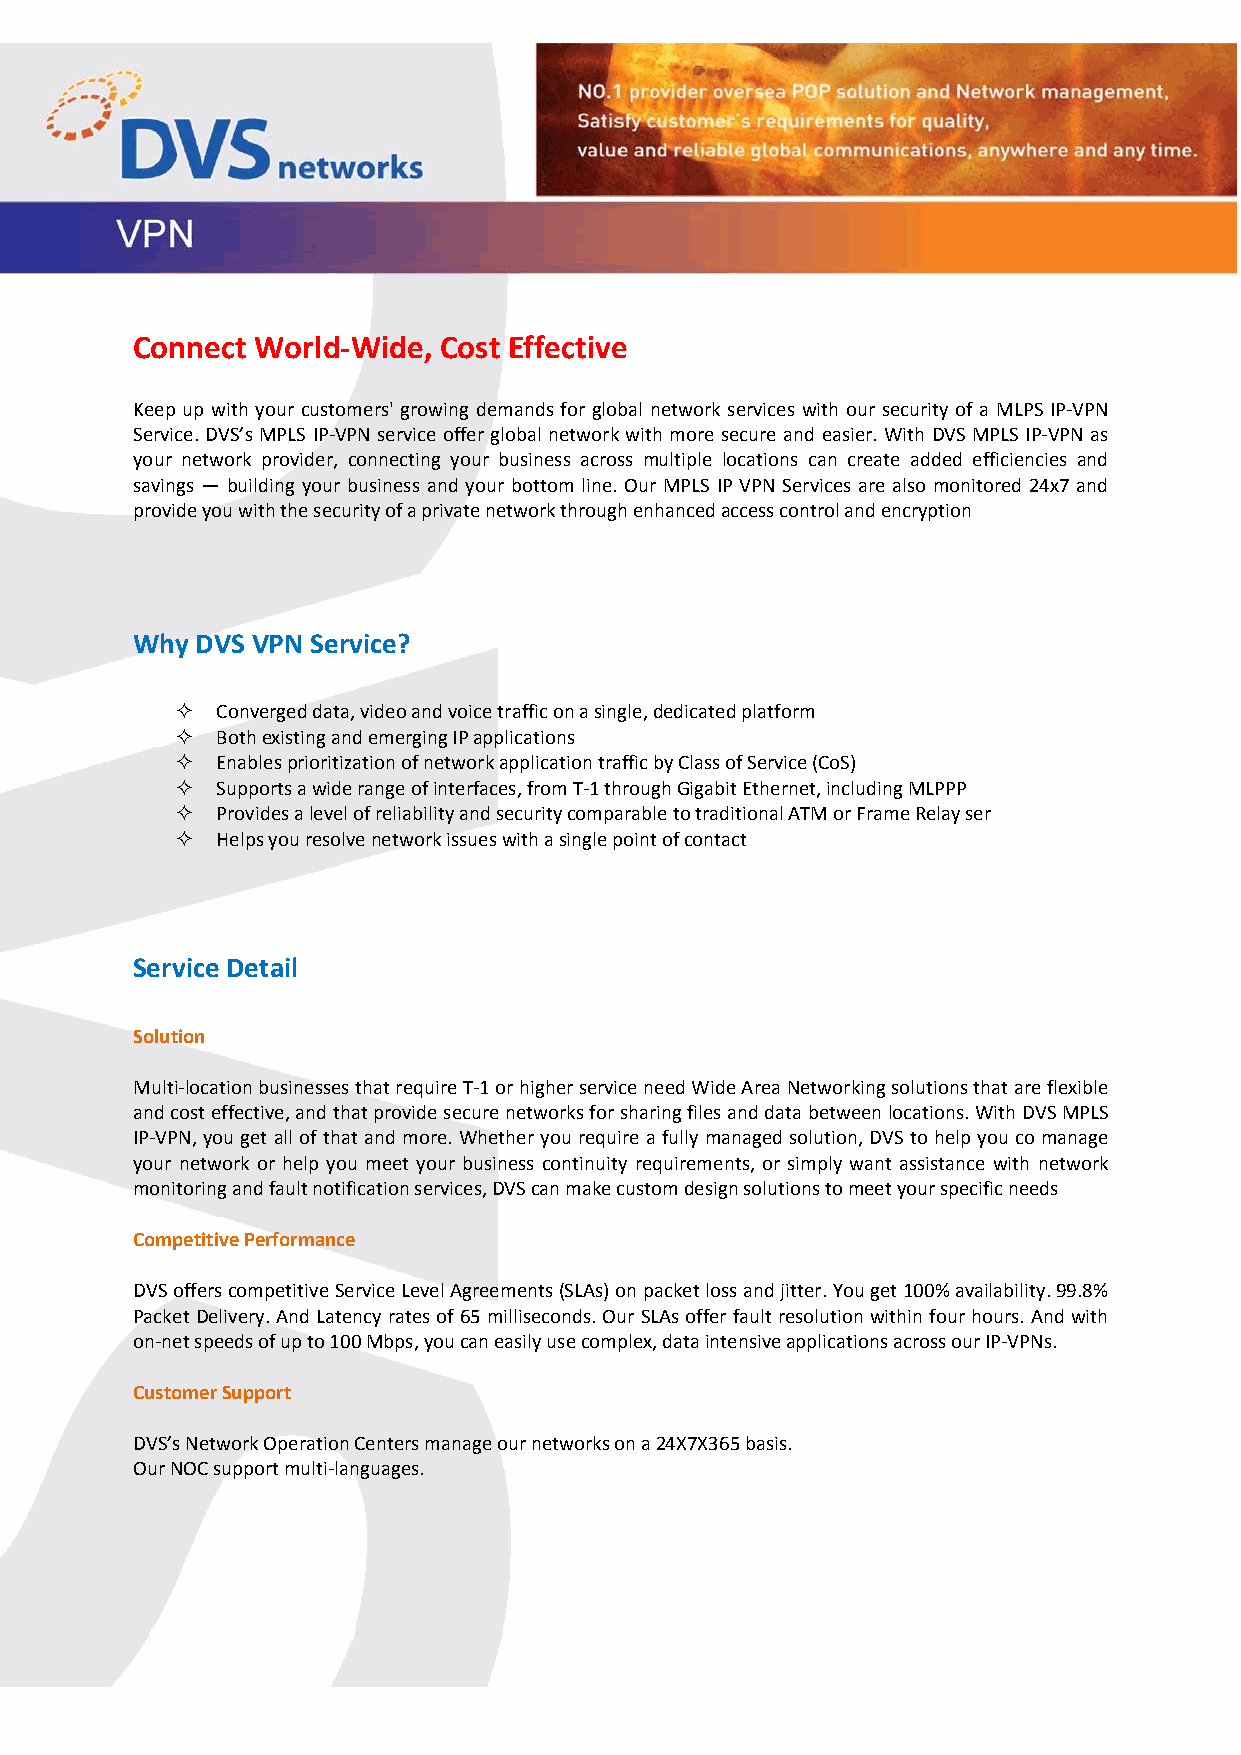
Connect World‐Wide, Cost Effective
 Keep up with your customers' growing demands for global network services with our security of a MLPS IP‐VPN
 Service. DVS’s MPLS IP‐VPN service offer global network with more secure and easier. With DVS MPLS IP‐VPN as
 your network provider, connecting your business across multiple locations can create added efficiencies and
 savings — building your business and your bottom line. Our MPLS IP VPN Services are also monitored 24x7 and
 provide you with the security of a private network through enhanced access control and encryption
 Why DVS VPN Service?
  Converged data, video and voice traffic on a single, dedicated platform
  Both existing and emerging IP applications
  Enables prioritization of network application traffic by Class of Service (CoS)
  Supports a wide range of interfaces, from T‐1 through Gigabit Ethernet, including MLPPP
  Provides a level of reliability and security comparable to traditional ATM or Frame Relay ser
  Helps you resolve network issues with a single point of contact
 Service Detail
 Solution
 Multi‐location businesses that require T‐1 or higher service need Wide Area Networking solutions that are flexible
 and cost effective, and that provide secure networks for sharing files and data between locations. With DVS MPLS
 IP‐VPN, you get all of that and more. Whether you require a fully managed solution, DVS to help you co manage
 your network or help you meet your business continuity requirements, or simply want assistance with network
 monitoring and fault notification services, DVS can make custom design solutions to meet your specific needs
 Competitive Performance
 DVS offers competitive Service Level Agreements (SLAs) on packet loss and jitter. You get 100% availability. 99.8%
 Packet Delivery. And Latency rates of 65 milliseconds. Our SLAs offer fault resolution within four hours. And with
 on‐net speeds of up to 100 Mbps, you can easily use complex, data intensive applications across our IP‐VPNs.
 Customer Support
 DVS’s Network Operation Centers manage our networks on a 24X7X365 basis.
 Our NOC support multi‐languages.